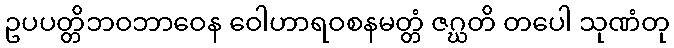
ဥပပတ္တိဘဝဘာဝေန ဝေါဟာရဝစနမတ္တံ ဇဂ္ဃတိ တပေါ သုဏံတု